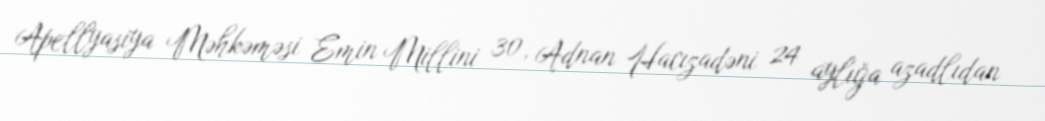
Apellyasiya Məhkəməsi Emin Millini 30, Adnan Hacızadəni 24 aylığa azadlıdan